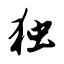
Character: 独